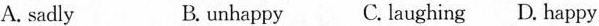
A. sadly B.unhappy C. laughing D. happy